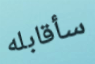
سأقابله